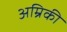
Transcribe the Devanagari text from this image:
अम्रिकी